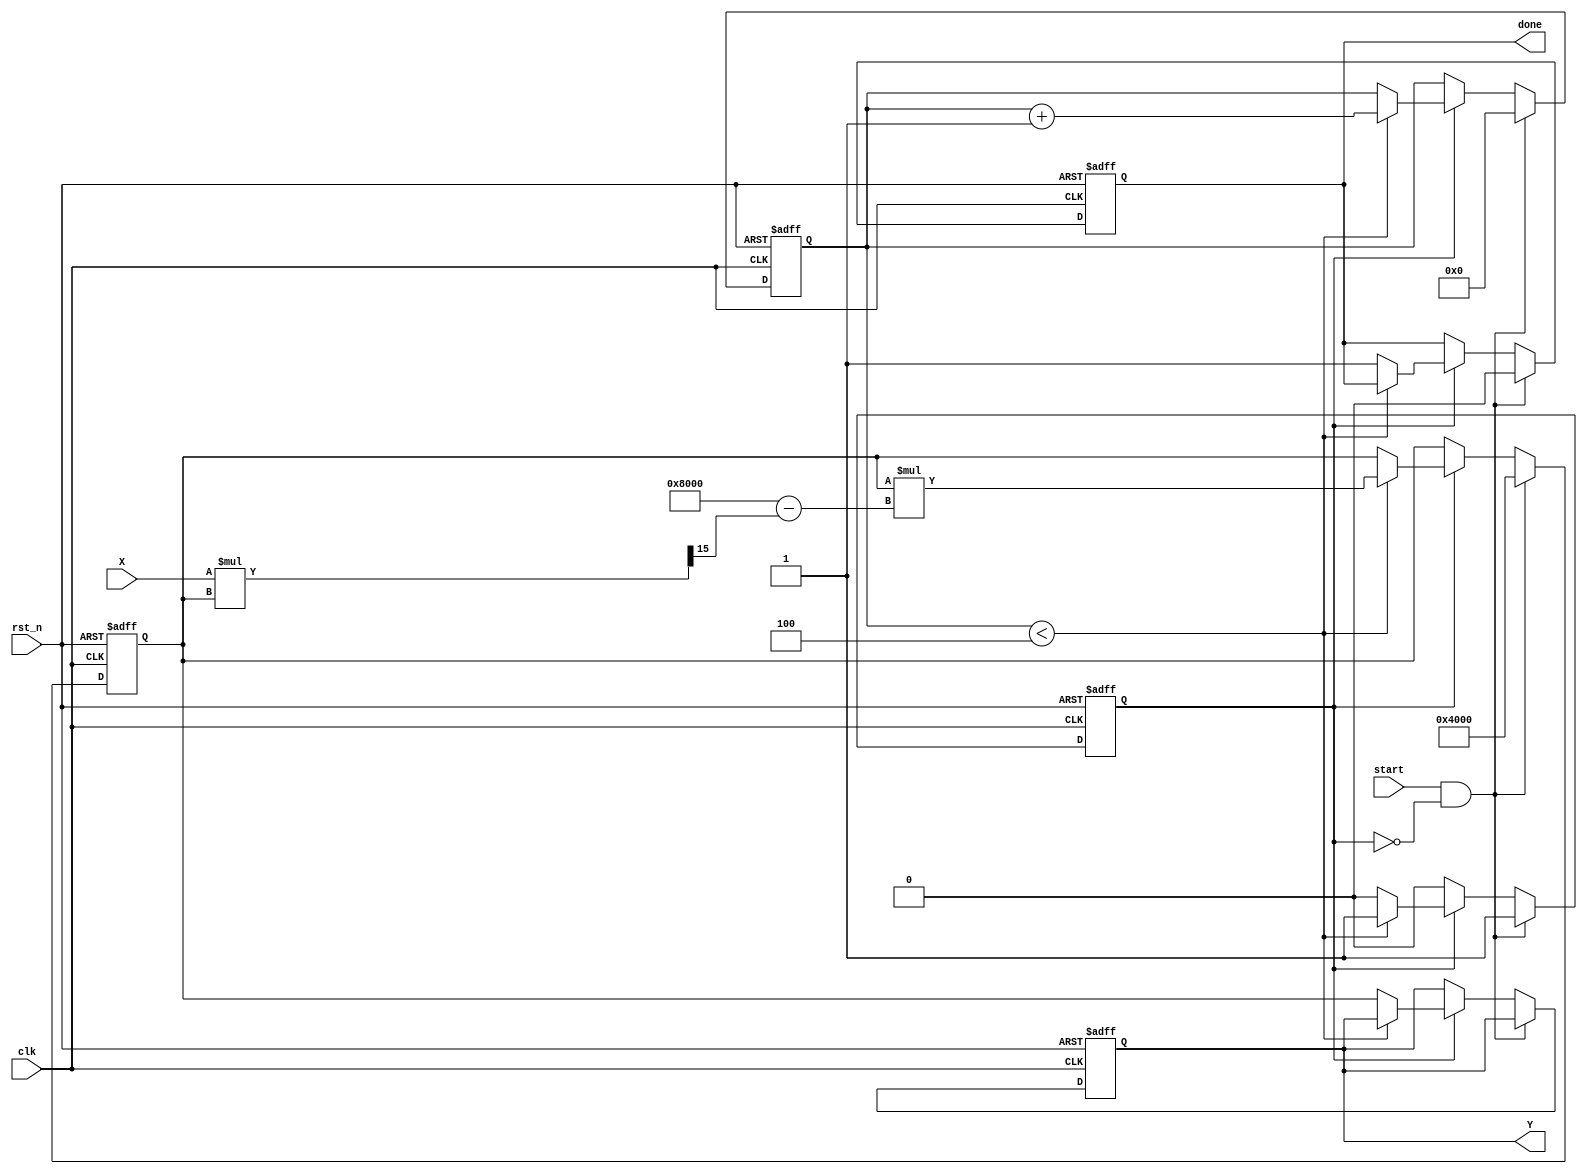
module iterative_reciprocal (
    input           clk,          // Clock signal
    input           rst_n,        // Active low reset
    input           start,        // Start signal to initiate computation
    input   [15:0] X,            // Input value (16-bit fixed-point)
    output reg [15:0] Y,         // Output reciprocal value (16-bit fixed-point)
    output reg      done          // Done signal indicating computation completion
);

    reg [15:0] Y_n;              // Current estimate of reciprocal
    reg [3:0] iteration_count;   // Iteration counter
    reg computing;                // Flag to indicate if computation is ongoing

    // Initial guess for the reciprocal (1/X)
    initial begin
        Y = 16'h0000;            // Default output
        done = 0;                // Default done signal
    end

    // Iterative Reciprocal Calculation
    always @(posedge clk or negedge rst_n) begin
        if (!rst_n) begin
            Y <= 16'h0000;       // Reset output
            done <= 0;          // Reset done signal
            Y_n <= 16'h0000;     // Reset current estimate
            iteration_count <= 0; // Reset iteration count
            computing <= 0;      // Reset computing flag
        end else if (start && !computing) begin
            // Start the computation
            Y_n <= 16'h4000;     // Initial guess (1.0 in fixed-point)
            iteration_count <= 0; // Reset iteration count
            computing <= 1;      // Set computing flag
            done <= 0;           // Clear done signal
        end else if (computing) begin
            // Perform the iterative calculation
            if (iteration_count < 4) begin // Limit to 4 iterations
                Y_n <= Y_n * (16'h8000 - (X * Y_n >> 15)); // Y_n = Y_n * (2 - X * Y_n)
                iteration_count <= iteration_count + 1; // Increment iteration count
            end else begin
                Y <= Y_n;         // Store final result
                done <= 1;        // Set done signal
                computing <= 0;   // Clear computing flag
            end
        end
    end
endmodule